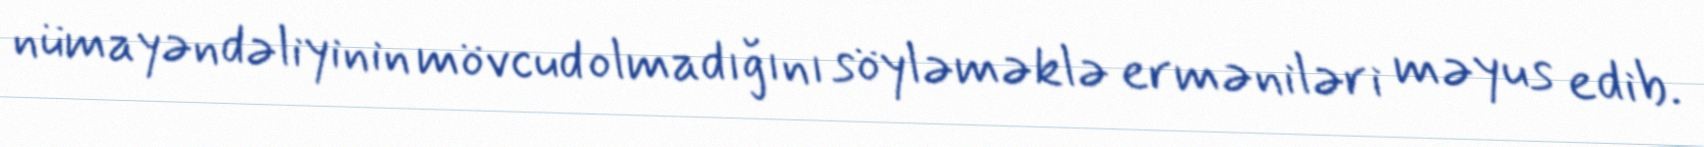
nümayəndəliyinin mövcud olmadığını söyləməklə erməniləri məyus edib.